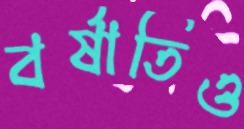
বর্ষাতিও